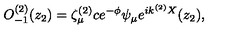
O _ { - 1 } ^ { ( 2 ) } ( z _ { 2 } ) = \zeta _ { \mu } ^ { ( 2 ) } c e ^ { - \phi } \psi _ { \mu } e ^ { i k ^ { ( 2 ) } X } ( z _ { 2 } ) ,